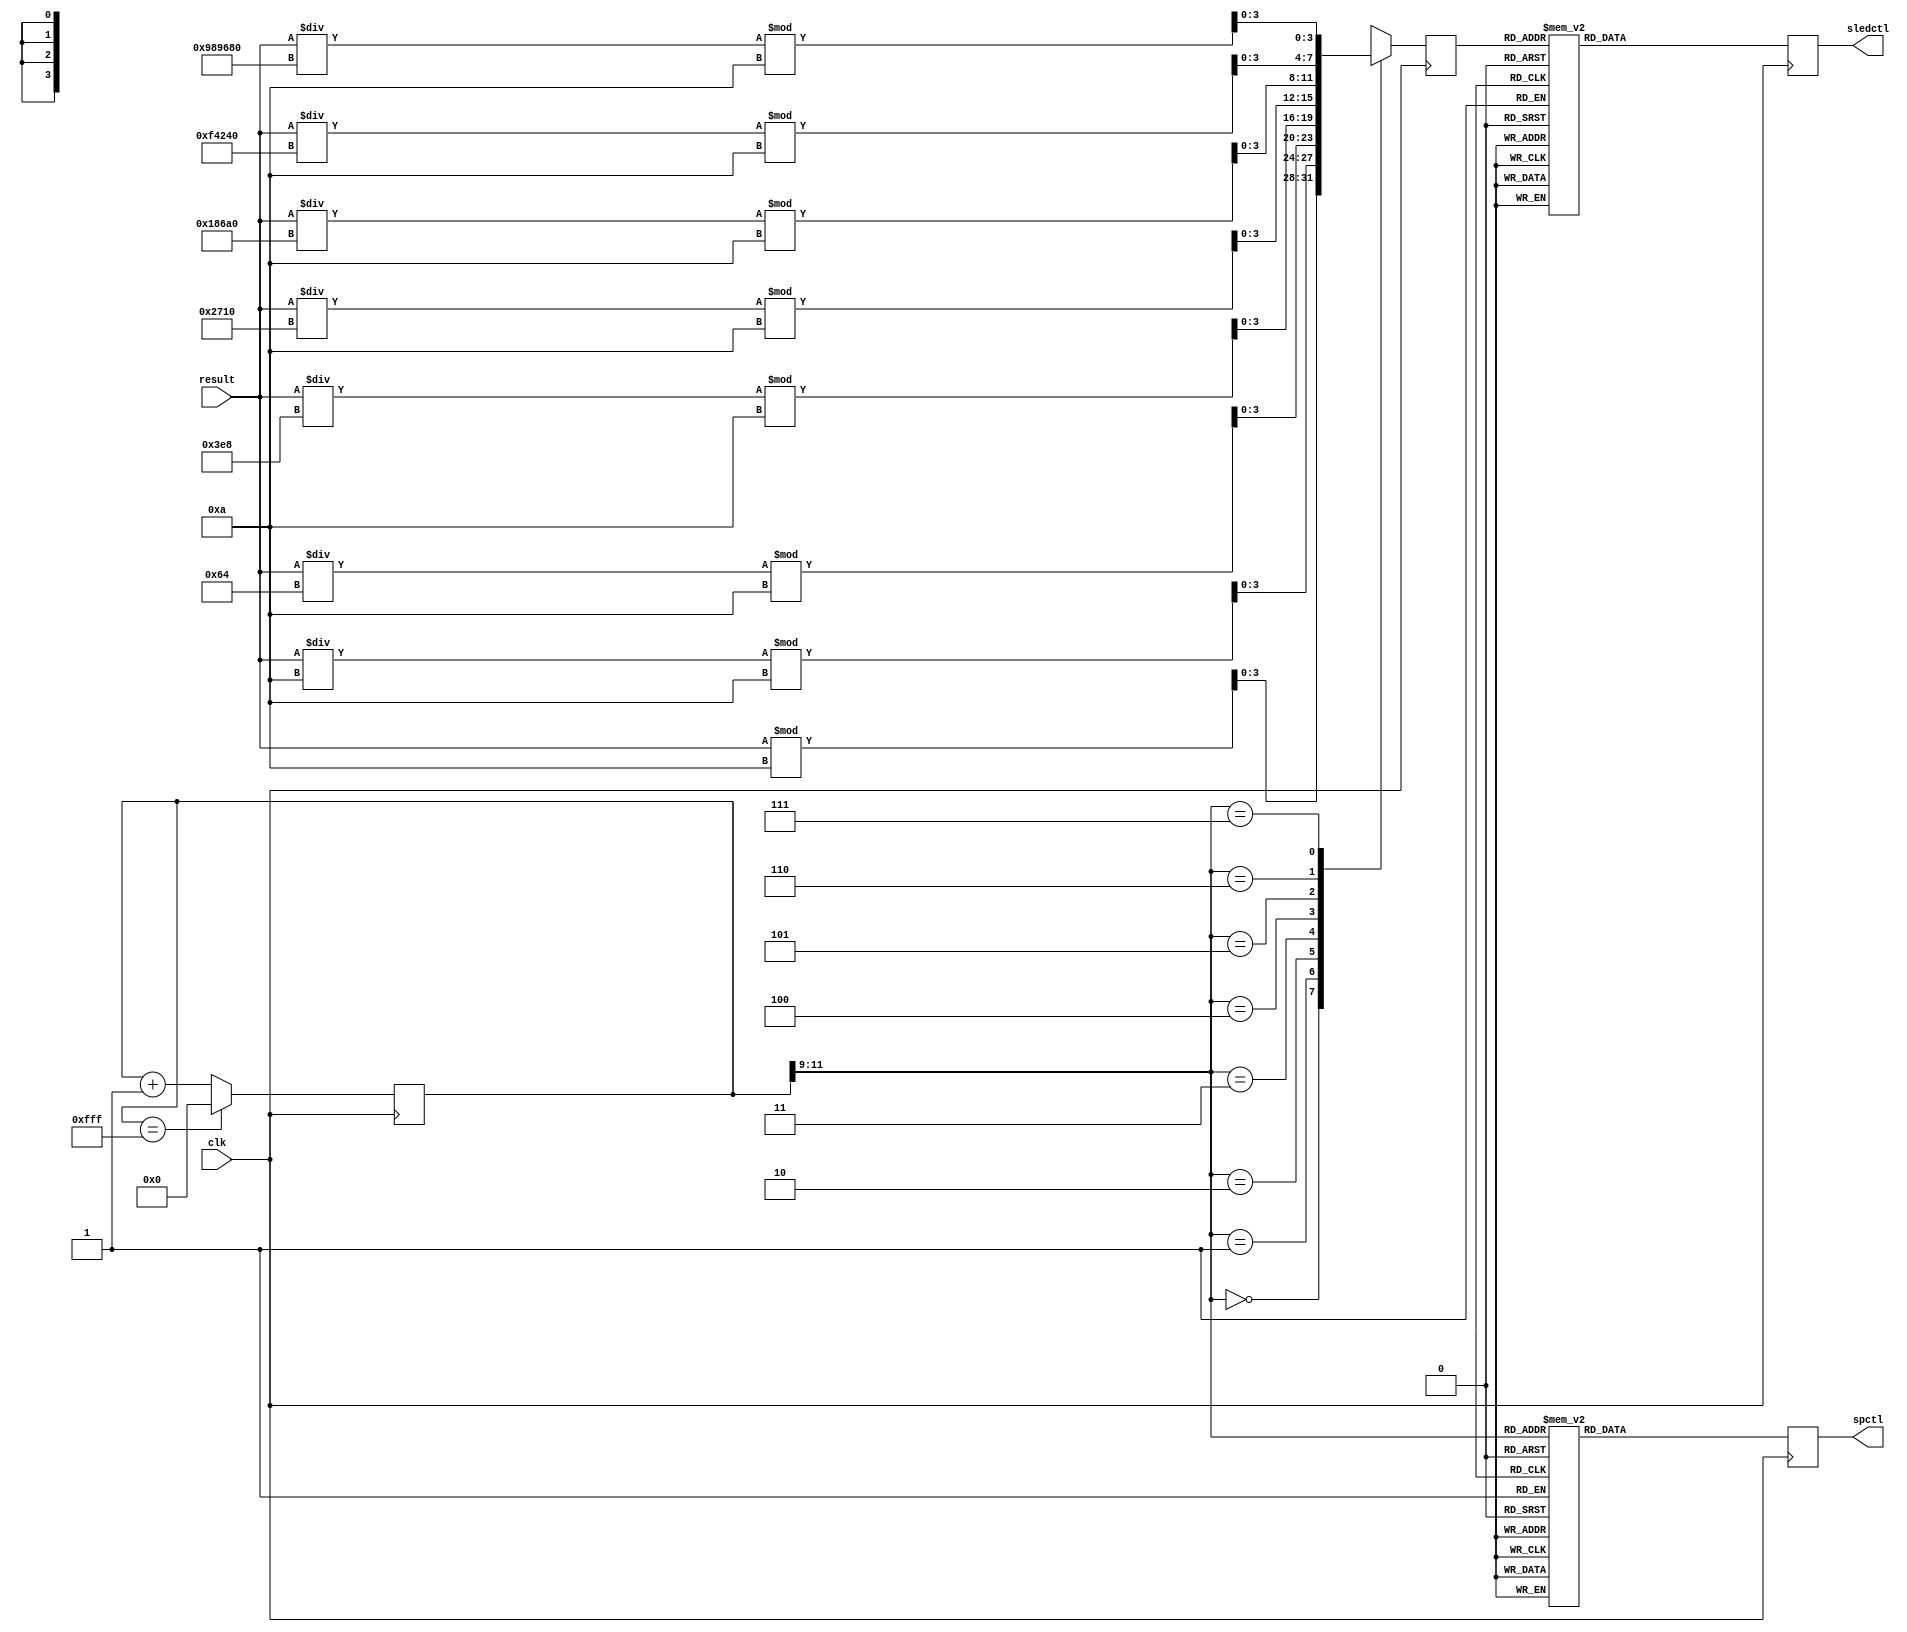
module ctl7seg(
	input clk,
	input [31:0] result,
	
	output [7:0] spctl,
	output [6:0] sledctl
	);
	
	reg [7:0] spctl;
	reg [6:0] sledctl;
	reg [11:0] count;
	reg [3:0] tmpin;
	
	always@(posedge clk)
	begin
		case (count)
			12'b111111111111 : begin
				count <= 12'b0;
			end
			
			default : 
			count <= count + 1;
		endcase
	end
	
	// set digit 
	always@(posedge clk)
	begin
			case (count[11:9])
			3'b000 : tmpin = result % 10;
			3'b001 : tmpin = result / 10 % 10;
			3'b010 : tmpin = result / 100 % 10;
			3'b011 : tmpin = result / 1000 % 10;
			3'b100 : tmpin = result / 10000 % 10;
			3'b101 : tmpin = result / 100000 % 10;
			3'b110 : tmpin = result / 1000000 % 10;
			3'b111 : tmpin = result / 10000000 % 10;
			
			default : tmpin = 4'b1111;
			endcase
	end
	
	//configure the digit lighting for a 7-segment display
	always@(posedge clk)
		begin
			case(tmpin)
			0 : sledctl <= 7'b1000000;
			1 : sledctl <= 7'b1111001;
			2 : sledctl <= 7'b0100100;
			3 : sledctl <= 7'b0110000;
			4 : sledctl <= 7'b0011001;
			5 : sledctl <= 7'b0010010;
			6 : sledctl <= 7'b0000010;
			7 : sledctl <= 7'b1111000;
			8 : sledctl <= 7'b0000000;
			9 : sledctl <= 7'b0010000;
			default : sledctl <= 7'b1111111;
		endcase
		
		// Place the digits one by one onto the 7-segment display
		case(count[11:9])
			3'b000 : spctl <= 8'b11111110;
			3'b001 : spctl <= 8'b11111101;
			3'b010 : spctl <= 8'b11111011;
			3'b011 : spctl <= 8'b11110111;
			3'b100 : spctl <= 8'b11101111;
			3'b101 : spctl <= 8'b11011111;
			3'b110 : spctl <= 8'b10111111;
			3'b111 : spctl <= 8'b01111111;
			default : spctl <= 8'b11111111;
		endcase
	end
endmodule